Civil Veterinary Department Bengal reports 1933-51 - 1933-1951
Year: 1933
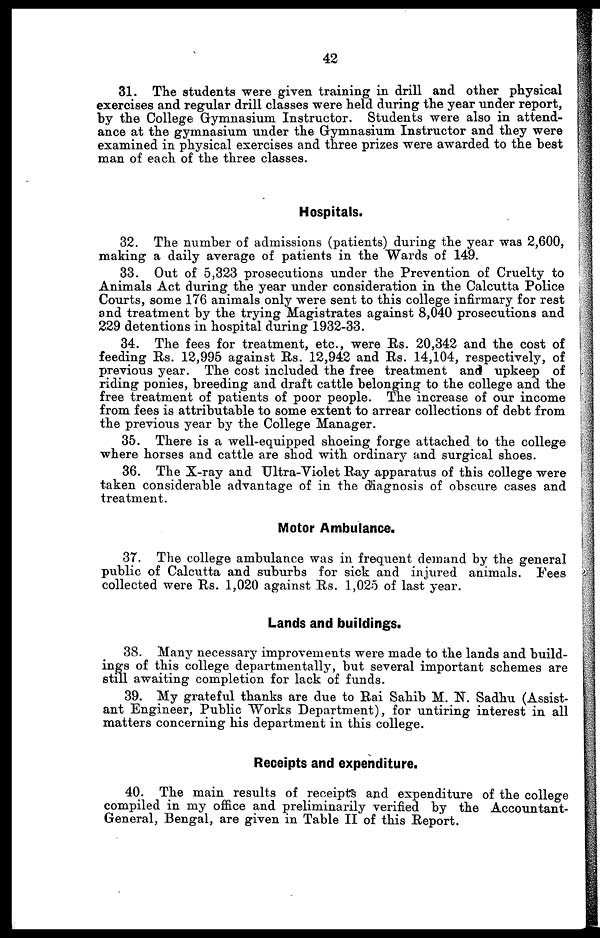
42
31. The students were given training in drill and other physical
exercises and regular drill classes were held during the year under report,
by the College Gymnasium Instructor. Students were also in attend-
ance at the gymnasium under the Gymnasium Instructor and they were
examined in physical exercises and three prizes were awarded to the best
man of each of the three classes.
Hospitals.
32. The number of admissions (patients) during the year was 2,600,
making a daily average of patients in the Wards of 149.
33. Out of 5,323 prosecutions under the Prevention of Cruelty to
Animals Act during the year under consideration in the Calcutta Police
Courts, some 176 animals only were sent to this college infirmary for rest
and treatment by the trying Magistrates against 8,040 prosecutions and
229 detentions in hospital during 1932-33.
34. The fees for treatment, etc., were Rs. 20,342 and the cost of
feeding Rs. 12,995 against Rs. 12,942 and Rs. 14,104, respectively, of
previous year. The cost included the free treatment and upkeep of
riding ponies, breeding and draft cattle belonging to the college and the
free treatment of patients of poor people. The increase of our income
from fees is attributable to some extent to arrear collections of debt from
the previous year by the College Manager.
35. There is a well-equipped shoeing forge attached to the college
where horses and cattle are shod with ordinary and surgical shoes.
36. The X-ray and Ultra-Violet Ray apparatus of this college were
taken considerable advantage of in the diagnosis of obscure cases and
treatment.
Motor Ambulance.
37. The college ambulance was in frequent demand by the general
public of Calcutta and suburbs for sick and injured animals. Fees
collected were Rs. 1,020 against Rs. 1,025 of last year.
Lands and buildings.
38. Many necessary improvements were made to the lands and build-
ings of this college departmentally, but several important schemes are
still awaiting completion for lack of funds.
39. My grateful thanks are due to Rai Sahib M. N. Sadhu (Assist-
ant Engineer, Public Works Department), for untiring interest in all
matters concerning his department in this college.
Receipts and expenditure.
40. The main results of receipts and expenditure of the college
compiled in my office and preliminarily verified by the Accountant-
General, Bengal, are given in Table II of this Report.